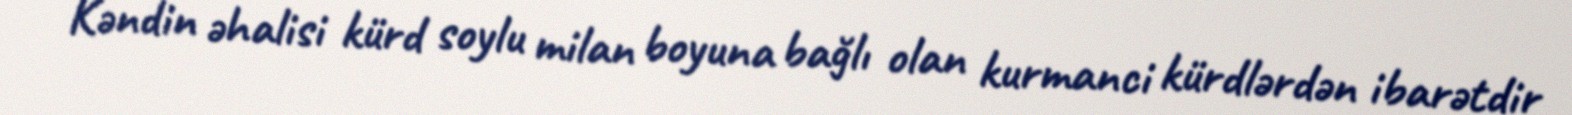
Kəndin əhalisi kürd soylu milan boyuna bağlı olan kurmanci kürdlərdən ibarətdir